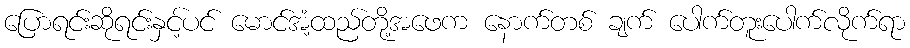
ပြောရင်းဆိုရင်းနှင့်ပင် မောင်အံ့ထည်တို့အဖေက နောက်တစ် ချက် ပေါက်တူးပေါက်လိုက်ရာ